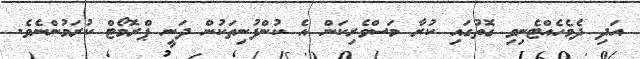
އަދި ދެމެހެއްޓެނިވި ގޮތުގައި ކުރާ މަސްވެރިކަން އެ ކުންފުނިތަކުން ދަނީ ޕްރޮމޯޓް ކުރަމުންނެވެ.